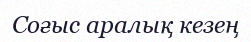
Соғыс аралық кезең